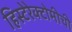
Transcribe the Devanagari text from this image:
हिस्टेरेक्टोमीची